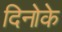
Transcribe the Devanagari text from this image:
दिनोके